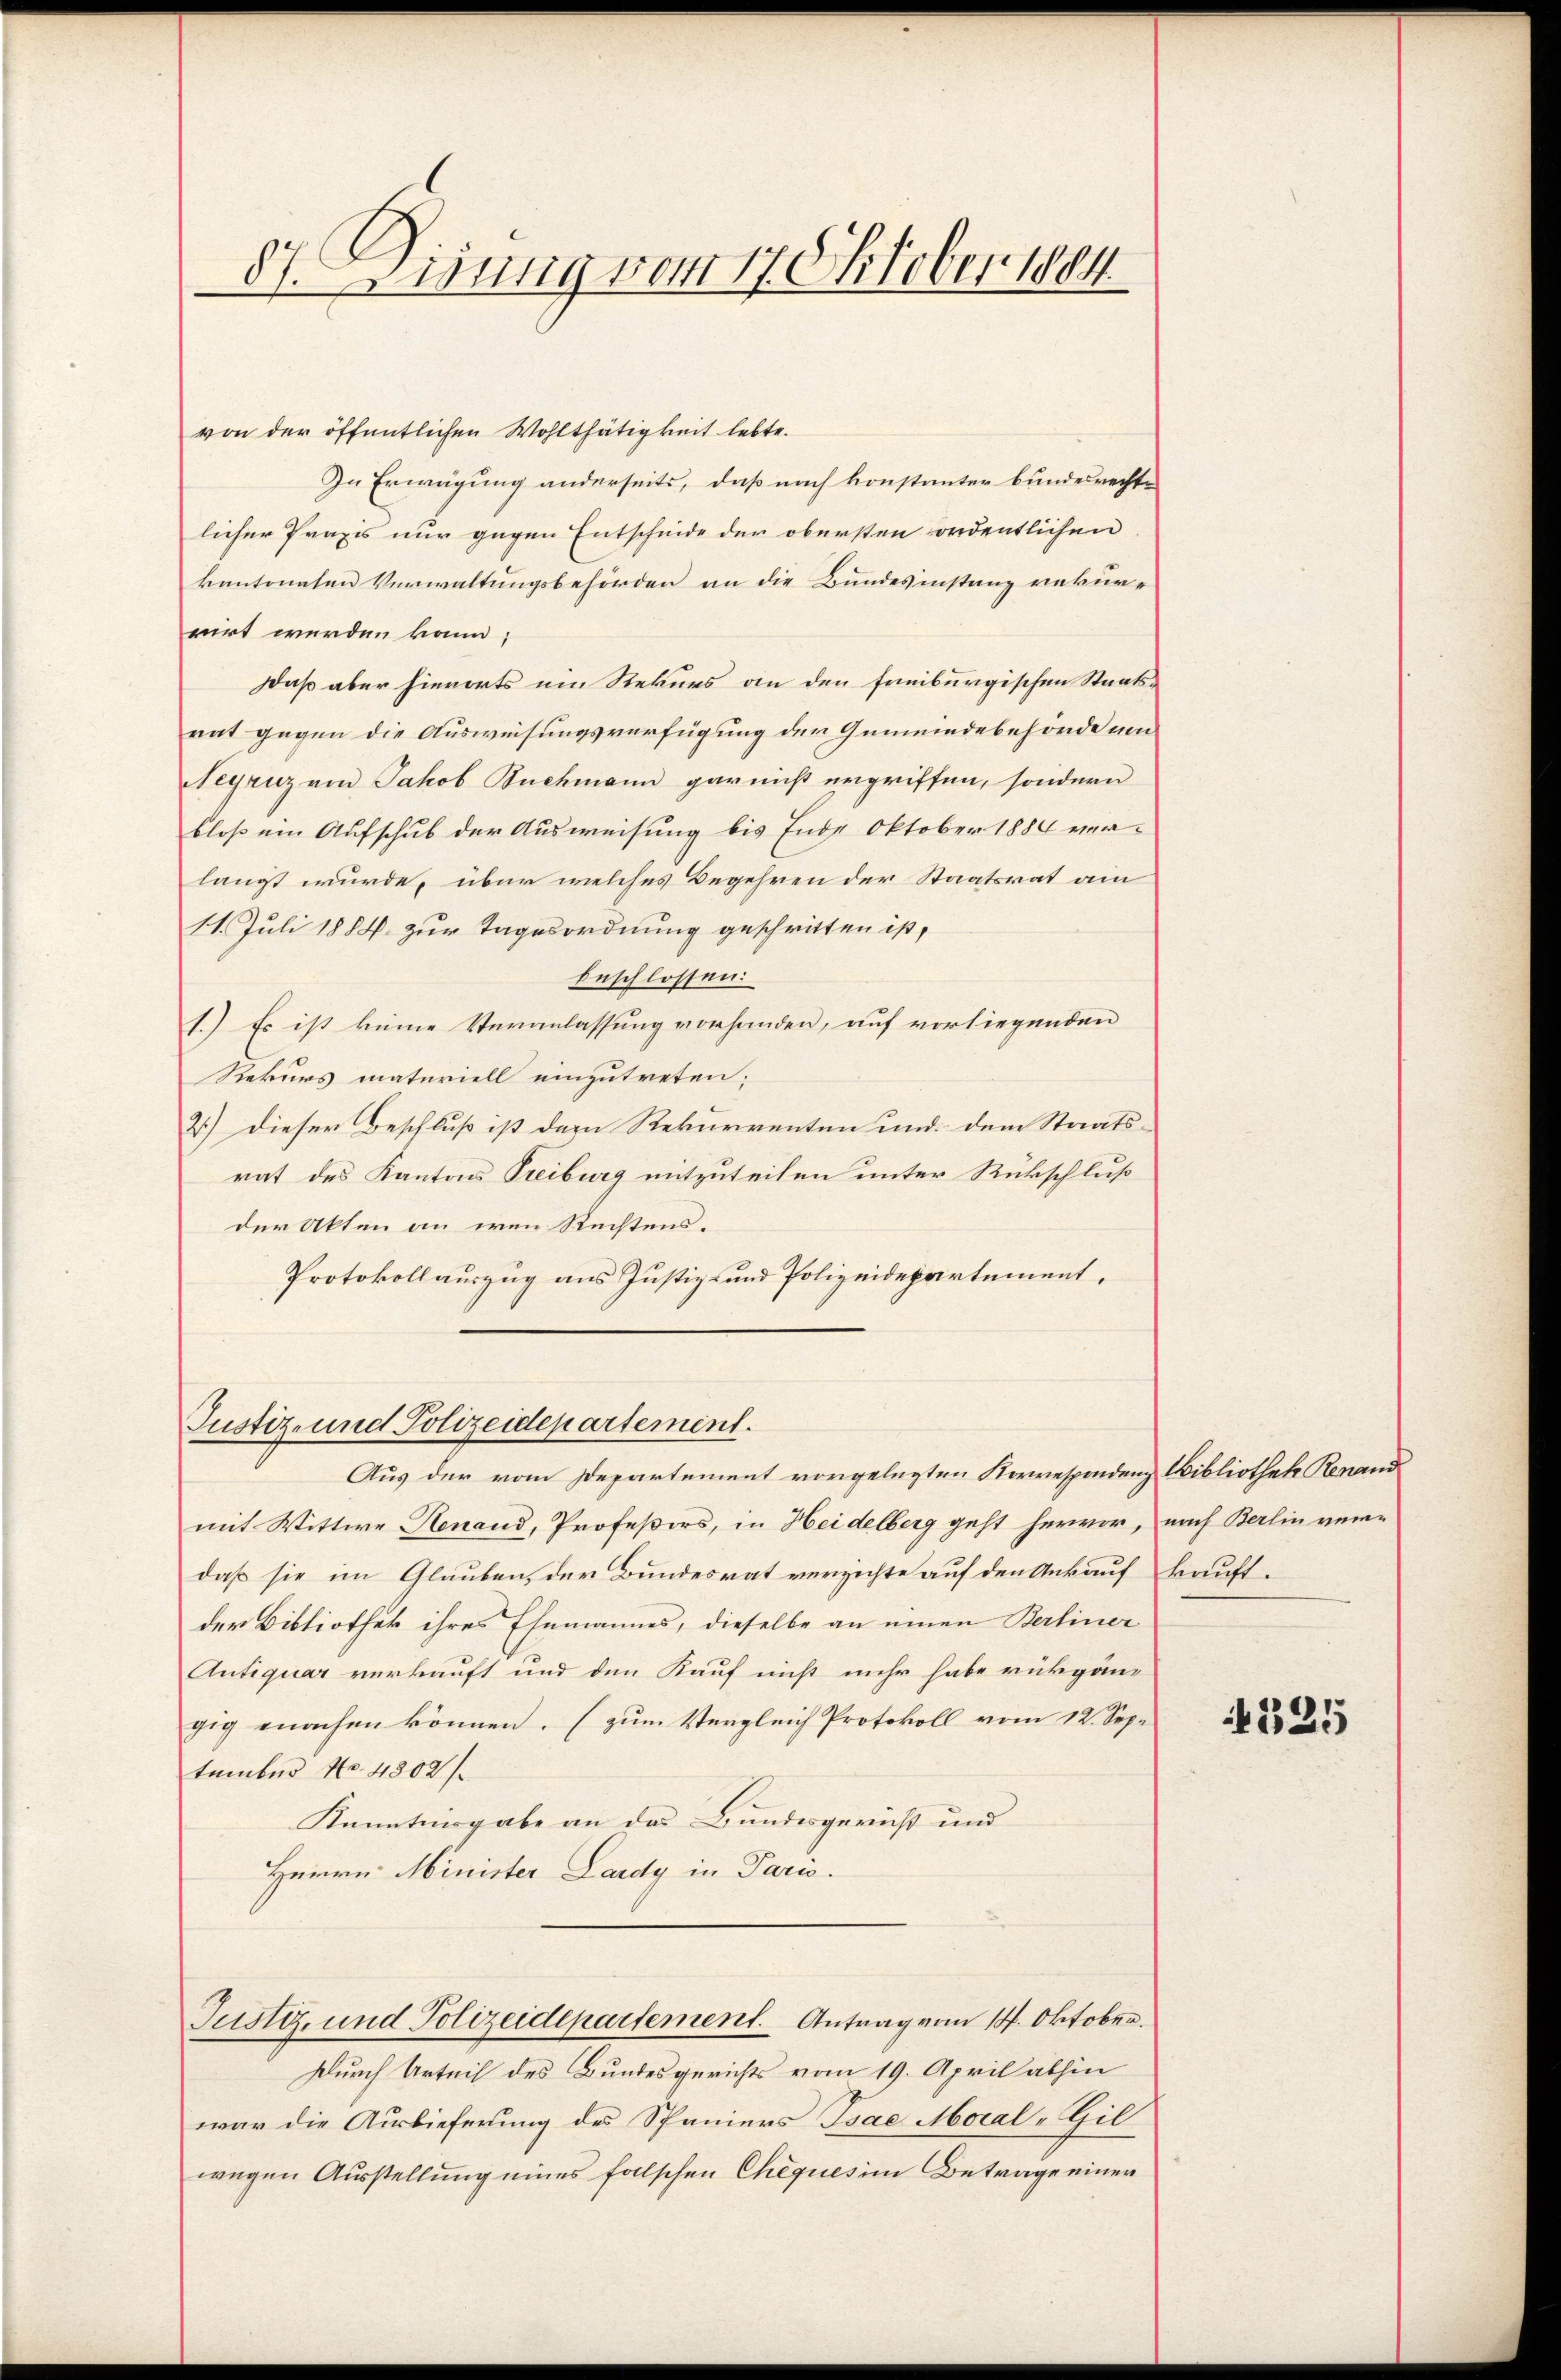
87. Wirung vom 17. Oktober 1884

von der öffentlichen Wohlthätigkeit lebte.
In Erwägung anderseits, daß nach konstanter bundesrechte
licher Praxis nur gegen Entscheide der obersten ordentlichen
kantonaten Verwaltungsbehörden an die Bundesinstanz rekurrirt werden kann;
Daß aber hierorts ein Rekurs an den freiburgischen Staats-
rat gegen die Ausweisungsverfügung der Gemeindebehörde um
Negruz von Jakob Buchmann gar nicht ergriffen, sondern
bloß ein Aufschub der Ausweisung bis Ende Oktober 1884 verlangt wurde, über welches Begehren der Staatsrat am
11. Juli 1884 zur Tagesordnung geschritten ist,
beschlossen:
1.) Es ist keine Veranlassung vorhanden, auf vorliegenden
Rekurs materiell einzutreten;
2.) Dieser Beschluß ist der Rekurrenten und dem Staats-
rat des Kantons Treiburg mitzuteilen unter Rückschluß
der Akten an wenn Rechtens¬
Protokollauszug aus Justiz- und Polizeidepartement.
Justiz- und Polizeidepartement.
Aus der vom Departement vorgelegten Korrespondenz Bibliothek Renand
mit Wittwe Renaud, Profeßors, in Heidelberg geht hervor, nach Berlin ver-
daß sie im Glauben, der Bundesrat verzichte auf den Ankauf kauftder Bibliothek ihres Ehemannes, dieselbe an einen Berliner
Antiquar verkauft und den Kauf nicht mehr habe rückgäng
gig machen können. (zum Vergleich Protokoll vom 12. Sep.
tember No. 4302/
Kanntnisgabe an das Bundesgericht und
Heinen Minister Lardy in Paris.
Justiz- und Polizeidepartement. Antrag vom 14. Oktober.
Durch Urteil des Bundesgerichts vom 19. April abhin
war die Auslieferung des Spaniers Bsae Moral-Gil
wegen Ausstellung eines falschen Cheques im Betrage einer

325